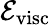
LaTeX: {\cal E}_{\mathrm{visc}}